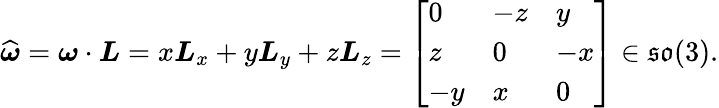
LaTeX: {\widehat{\boldsymbol{\omega}}}={\boldsymbol{\omega}}\cdot{\boldsymbol{L}}=x{\boldsymbol{L}}_{x}+y{\boldsymbol{L}}_{y}+z{\boldsymbol{L}}_{z}={\left[\begin{array}{lll}{0}&{-z}&{y}\\ {z}&{0}&{-x}\\ {-y}&{x}&{0}\end{array}\right]}\in{\mathfrak{so}}(3).